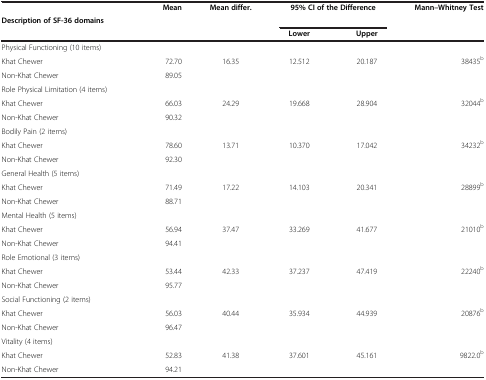
<table><thead><tr><td><b> </b></td><td><b> </b></td><td><b>Mean</b></td><td><b>Mean differ.</b></td><td colspan="2"><b>95% CI of the Difference</b></td><td><b>Mann–Whitney Test</b></td></tr><tr><td><b>Description of SF-36 domains</b></td><td><b> </b></td><td><b> </b></td><td><b> </b></td><td><b> </b></td><td><b> </b></td><td><b> </b></td></tr><tr><td><b> </b></td><td><b> </b></td><td><b> </b></td><td><b> </b></td><td><b>Lower</b></td><td><b>Upper</b></td><td><b> </b></td></tr></thead><tbody><tr><td colspan="2">Physical Functioning (10 items)</td><td> </td><td> </td><td> </td><td> </td><td> </td></tr><tr><td colspan="2">Khat Chewer</td><td>72.70</td><td>16.35</td><td>12.512</td><td>20.187</td><td>38435<sup>b</sup></td></tr><tr><td colspan="2">Non-Khat Chewer</td><td>89.05</td><td> </td><td> </td><td> </td><td> </td></tr><tr><td colspan="2">Role Physical Limitation (4 items)</td><td> </td><td> </td><td> </td><td> </td><td> </td></tr><tr><td colspan="2">Khat Chewer</td><td>66.03</td><td>24.29</td><td>19.668</td><td>28.904</td><td>32044<sup>b</sup></td></tr><tr><td colspan="2">Non-Khat Chewer</td><td>90.32</td><td> </td><td> </td><td> </td><td> </td></tr><tr><td colspan="2">Bodily Pain (2 items)</td><td> </td><td> </td><td> </td><td> </td><td> </td></tr><tr><td colspan="2">Khat Chewer</td><td>78.60</td><td>13.71</td><td>10.370</td><td>17.042</td><td>34232<sup>b</sup></td></tr><tr><td colspan="2">Non-Khat Chewer</td><td>92.30</td><td> </td><td> </td><td> </td><td> </td></tr><tr><td colspan="2">General Health (5 items)</td><td> </td><td> </td><td> </td><td> </td><td> </td></tr><tr><td colspan="2">Khat Chewer</td><td>71.49</td><td>17.22</td><td>14.103</td><td>20.341</td><td>28899<sup>b</sup></td></tr><tr><td colspan="2">Non-Khat Chewer</td><td>88.71</td><td> </td><td> </td><td> </td><td> </td></tr><tr><td colspan="2">Mental Health (5 items)</td><td> </td><td> </td><td> </td><td> </td><td> </td></tr><tr><td colspan="2">Khat Chewer</td><td>56.94</td><td>37.47</td><td>33.269</td><td>41.677</td><td>21010<sup>b</sup></td></tr><tr><td colspan="2">Non-Khat Chewer</td><td>94.41</td><td> </td><td> </td><td> </td><td> </td></tr><tr><td colspan="2">Role Emotional (3 items)</td><td> </td><td> </td><td> </td><td> </td><td> </td></tr><tr><td colspan="2">Khat Chewer</td><td>53.44</td><td>42.33</td><td>37.237</td><td>47.419</td><td>22240<sup>b</sup></td></tr><tr><td colspan="2">Non-Khat Chewer</td><td>95.77</td><td> </td><td> </td><td> </td><td> </td></tr><tr><td colspan="2">Social Functioning (2 items)</td><td> </td><td> </td><td> </td><td> </td><td> </td></tr><tr><td colspan="2">Khat Chewer</td><td>56.03</td><td>40.44</td><td>35.934</td><td>44.939</td><td>20876<sup>b</sup></td></tr><tr><td colspan="2">Non-Khat Chewer</td><td>96.47</td><td> </td><td> </td><td> </td><td> </td></tr><tr><td colspan="2">Vitality (4 items)</td><td> </td><td> </td><td> </td><td> </td><td> </td></tr><tr><td colspan="2">Khat Chewer</td><td>52.83</td><td>41.38</td><td>37.601</td><td>45.161</td><td>9822.0<sup>b</sup></td></tr><tr><td colspan="2">Non-Khat Chewer</td><td>94.21</td><td> </td><td> </td><td> </td><td> </td></tr></tbody></table>